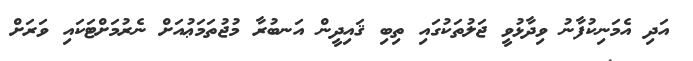
އަދި އެމަނިކުފާނު ވިދާޅުވީ ޖަލުތަކުގައި ތިބި ޤައިދީން އަނބުރާ މުޖުތަމަޢުއަށް ނެރުމަށްޓަކައި ވަރަށް